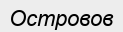
Островов